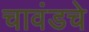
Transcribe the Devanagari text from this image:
चावंडचे